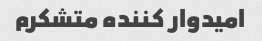
امیدوار کننده متشکرم